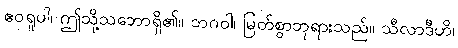
ဧဝရူပါ၊ ဤသို့သဘောရှိ၏။ ဘဂဝါ၊ မြတ်စွာဘုရားသည်။ သီလာဒီဟိ၊